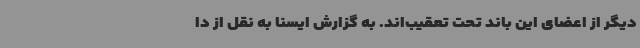
دیگر از اعضای این باند تحت تعقیب‌اند. به گزارش ایسنا به نقل از دا